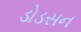
ડોડસન